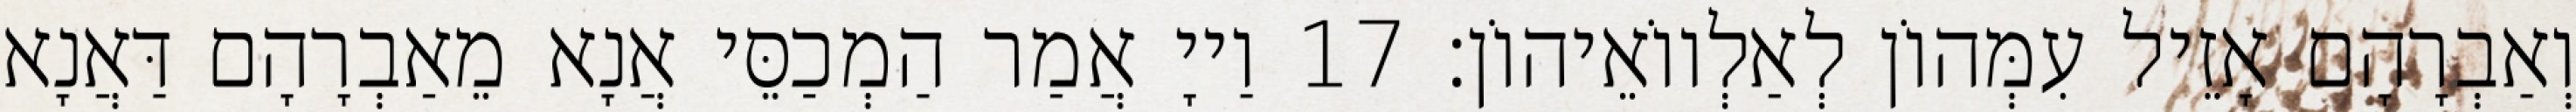
וְאַבְרָהָם אָזֵיל עִמְּהוֹן לְאַלְווֹאֵיהוֹן׃ 17 וַייָ אֲמַר הַמְכַסֵּי אֲנָא מֵאַבְרָהָם דַּאֲנָא